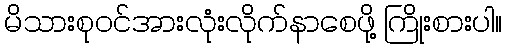
မိသားစုဝင်အားလုံးလိုက်နာစေဖို့ ကြိုးစားပါ။